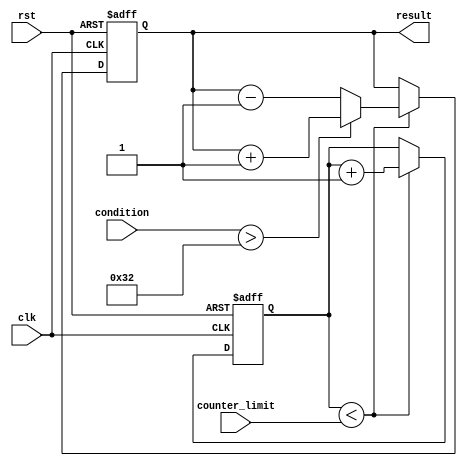
module Loop (
    input wire clk,
    input wire rst,
    input wire [7:0] counter_limit,
    input wire [7:0] condition,
    output reg [7:0] result
);

reg [7:0] counter;

always @ (posedge clk or posedge rst) begin
    if (rst) begin
        counter <= 0;
        result <= 0;
    end else begin
        if (counter < counter_limit) begin
            counter <= counter + 1;
            if (condition > 50) begin
                result <= result + 1;
            end else begin
                result <= result - 1;
            end
        end
    end
end

endmodule